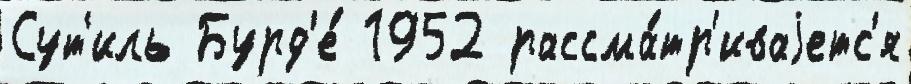
Сут'иль Бурд'е́ 1952 рассма́тр'иваjетс'я